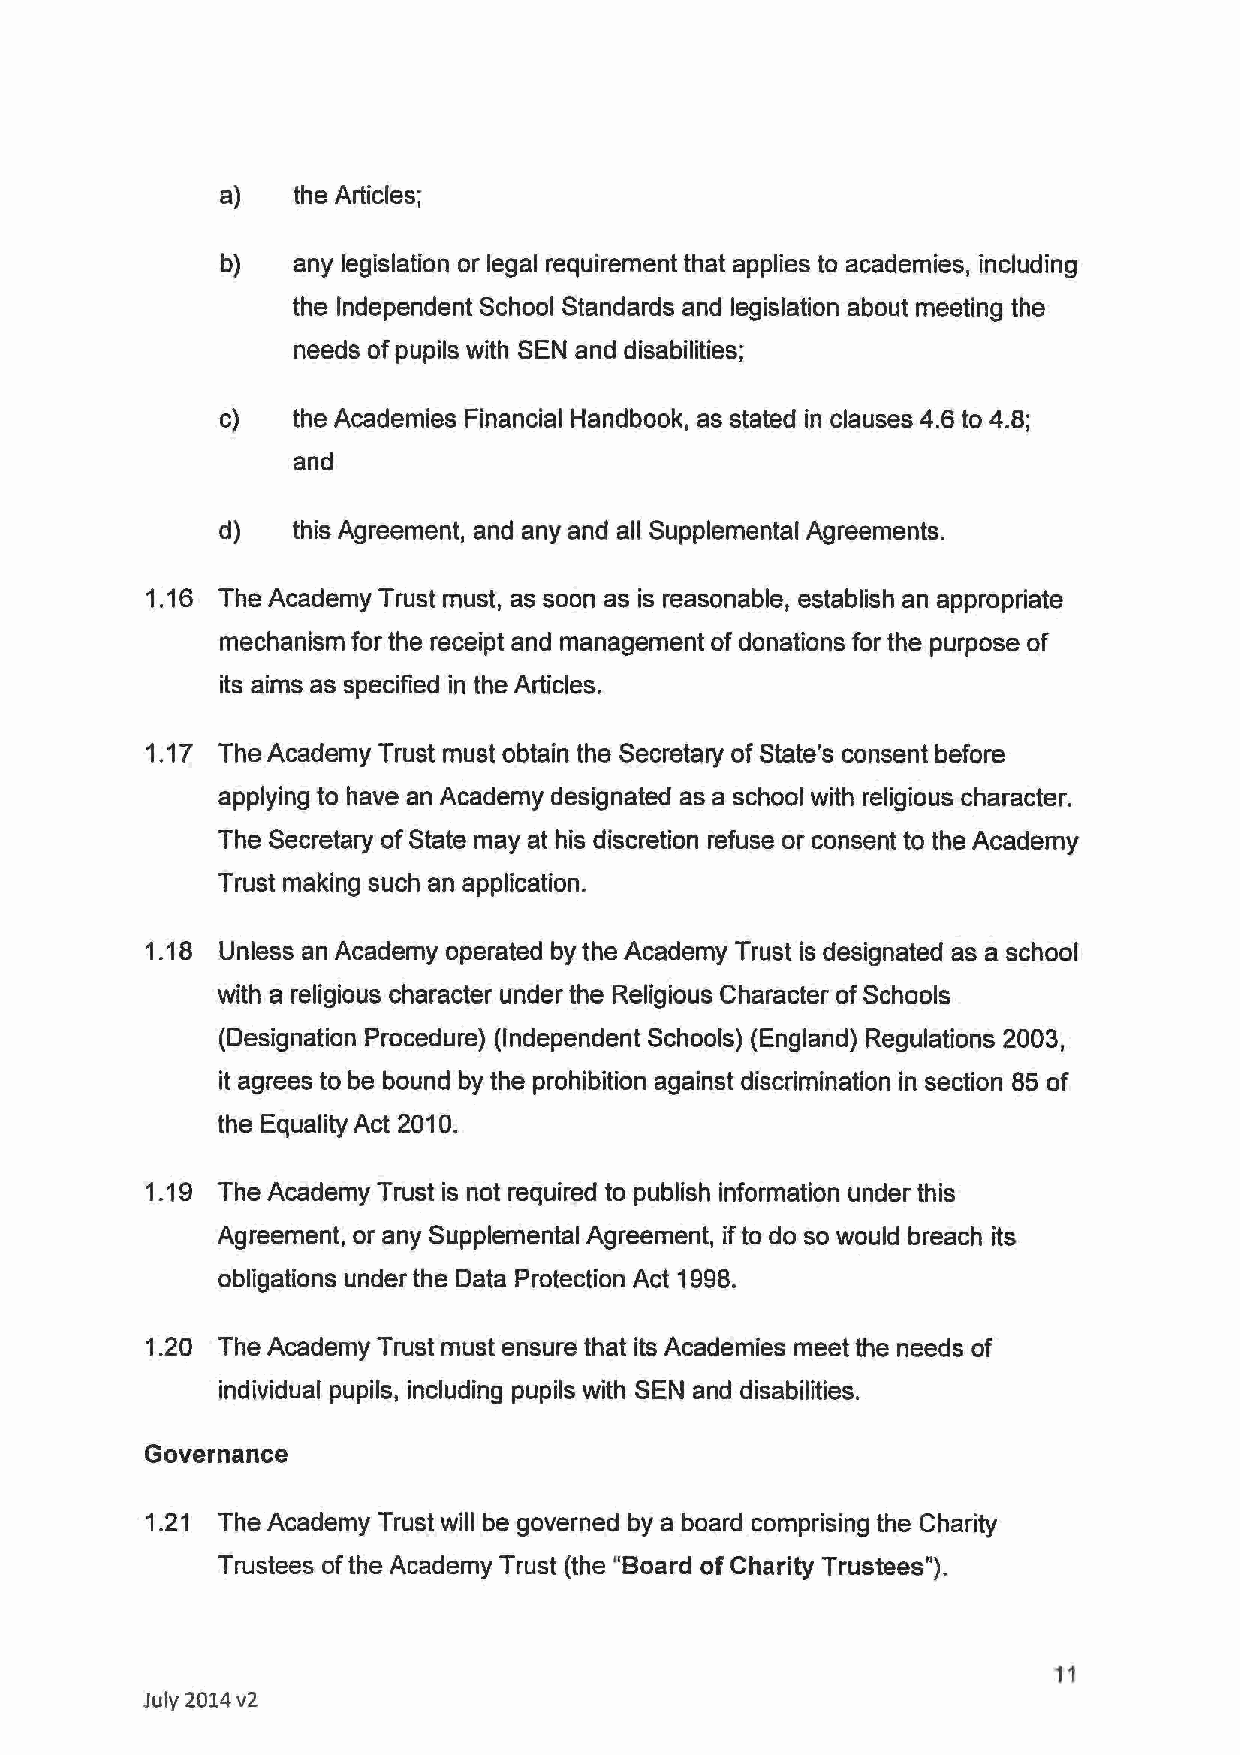
a)   the Articles;
 b)  any legislation or legal requirement that applies to academies, including
 the Independent School Standards and legislation about meeting the
 needs of pupils with SEN and disabilities;
 c)   the Academies Financial Handbook, as stated in clauses 4.6 to 4.8;
 and
 d)   this Agreement, and any and all Supplemental Agreements.
 1.16 The Academy Trust must, as soon as is reasonable, establish an appropriate
 mechanism for the receipt and management of donations for the purpose of
 its aims as specified in the Articles.
 1.17 The Academy Trust must obtain the Secretary of State's consent before
 applying to have an Academy designated as a school with religious character.
 The Secretary of State may at his discretion refuse or consent to the Academy
 Trust making such an application.
 1.18 Unless an Academy operated by the Academy Trust is designated as a school
 with a religious character under the Religious Character of Schools
 (Designation Procedure) (Independent Schools) (England) Regulations 2003,
 it agrees to be bound by the prohibition against discrimination in section 85 of
 the Equality Act 2010.
 1.19 The Academy Trust is not required to publish information under this
 Agreement, or any Supplemental Agreement, if to do so would breach its
 obligations under the Data Protection Act 1998.
 1.20 The Academy Trust must ensure that its Academies meet the needs of
 individual pupils, including pupils with SEN and disabilities.
 Governance
 1.21 The Academy Trust will be governed by a board comprising the Charity
 Trustees of the Academy Trust (the "Board of Charity Trustees").
 11
 July 2014v2